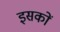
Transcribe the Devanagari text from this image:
इसकों